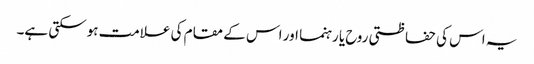
یہ اس کی حفاظتی روح یا رہنما اور اس کے مقام کی علامت ہوسکتی ہے۔